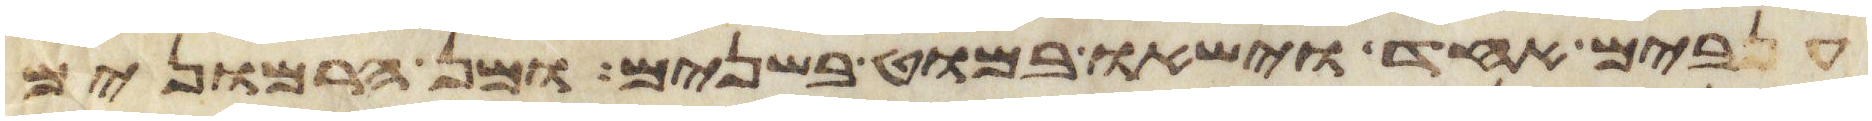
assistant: ענבים אחד וישאו במוט בשנים ומן הרמונים